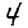
Digit: 4